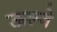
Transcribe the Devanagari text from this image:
ऊल्जे